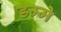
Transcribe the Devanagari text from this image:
डम्मे